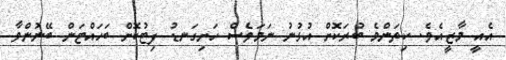
އެއީ މާޒީއެވެ. ކިތަންމެ ބުރަކޮށް އުޅުނު ނަމަވެސް ހަށިގަނޑު ފިޓުކޮށް ބަހައްޓަން ބޭނުންވާ